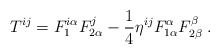
\begin{align*}T^{ij} = F^{i\alpha}_1 F^j_{2\alpha} - \frac 14 \eta^{ij} F^\alpha_{1\alpha} F^\beta_{2\beta}\;.\end{align*}